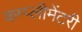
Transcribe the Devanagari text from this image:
कम्प्लीमेंटरी